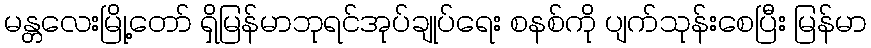
မန္တလေးမြို့တော် ရှိမြန်မာဘုရင်အုပ်ချုပ်ရေး စနစ်ကို ပျက်သုန်းစေပြီး မြန်မာ